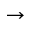
\rightarrow